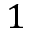
1